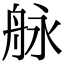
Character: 𦨬